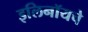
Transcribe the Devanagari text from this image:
इलिनॉयचे